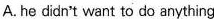
A. he Hi didn't want to do anything